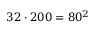
3 2 \cdot 2 0 0 = 8 0 ^ { 2 }